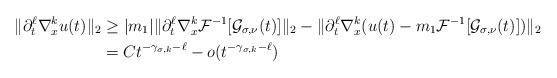
LaTeX: \begin{align*} \| \partial_{t}^{\ell} \nabla_{x}^{k} u(t) \|_{2}& \ge |m_{1}|\| \partial_{t}^{\ell} \nabla_{x}^{k} \mathcal{F}^{-1} [\mathcal{G}_{\sigma, \nu}(t)] \|_{2} -\| \partial_{t}^{\ell} \nabla_{x}^{k} (u(t) - m_{1} \mathcal{F}^{-1} [\mathcal{G}_{\sigma, \nu}(t)] ) \|_{2} \\& = C t^{-\gamma_{\sigma,k}-\ell} -o(t^{-\gamma_{\sigma,k}-\ell})\end{align*}